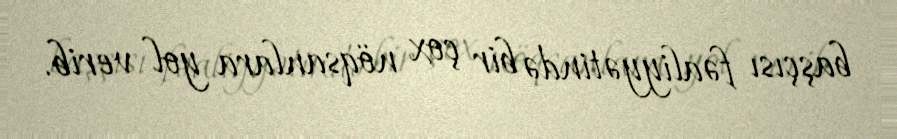
başçısı fəaliyyətində bir çox nöqsanlara yol verib.